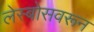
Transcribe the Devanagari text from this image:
लेस्बोसवरून